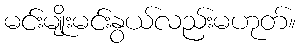
မင်းမျိုးမင်းနွယ်လည်းမဟုတ်။